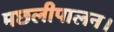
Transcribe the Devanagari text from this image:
मछलीपालन।